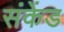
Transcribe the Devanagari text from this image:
संकेंड